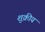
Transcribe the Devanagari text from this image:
शुक्रीय